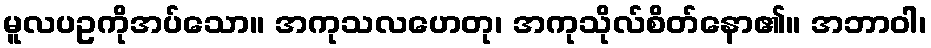
မူလပဥကိုအပ်သော။ အကုသလဟေတု၊ အကုသိုလ်စိတ်နော၏။ အဘာဝါ၊